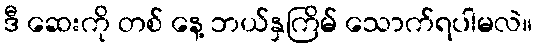
ဒီ ဆေးကို တစ် နေ့ ဘယ်နှကြိမ် သောက်ရပါမလဲ။